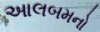
આલબમનો